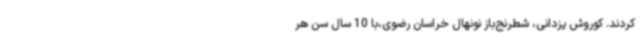
کردند. کوروش یزدانی، شطرنج‌باز نونهال خراسان رضوی،با 10 سال سن هر